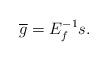
LaTeX: \begin{align*}\overline g = E_f^{-1} s.\end{align*}